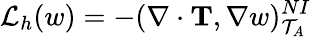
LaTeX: \mathcal{L}_{h}(w)=-(\nabla\cdot\mathbf{T},\nabla w)_{\mathcal{T}_{A}}^{NI}